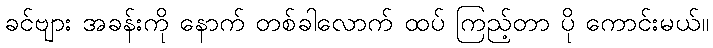
ခင်ဗျား အခန်းကို နောက် တစ်ခါလောက် ထပ် ကြည့်တာ ပို ကောင်းမယ်။